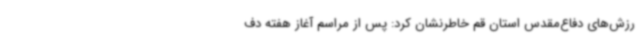
رزش‌های دفاع‌مقدس استان قم خاطرنشان کرد: پس از مراسم آغاز هفته دف